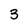
Character: 3